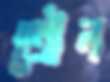
তৌল